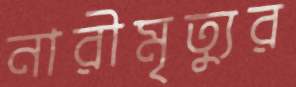
নারীমৃত্যুর